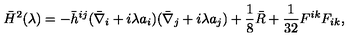
\bar { H } ^ { 2 } ( \lambda ) = - \bar { h } ^ { i j } ( \bar { \nabla } _ { i } + i \lambda a _ { i } ) ( \bar { \nabla } _ { j } + i \lambda a _ { j } ) + \frac 1 8 \bar { R } + { \frac { 1 } { 3 2 } } F ^ { i k } F _ { i k } ,